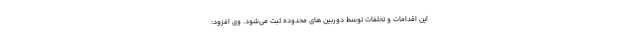
این اقدامات و تخلفات توسط دوربین های محدوده ثبت می‌شود. وی افزود: